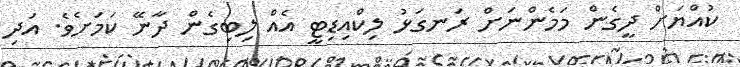
ކުއްޔަށް ދީގެން މަމެންނަށް ރަނގަޅު ލިކްއިޑިޓީ އެއް ލިބިގެން ދާނޭ ކަމަށެވެ. އަދި